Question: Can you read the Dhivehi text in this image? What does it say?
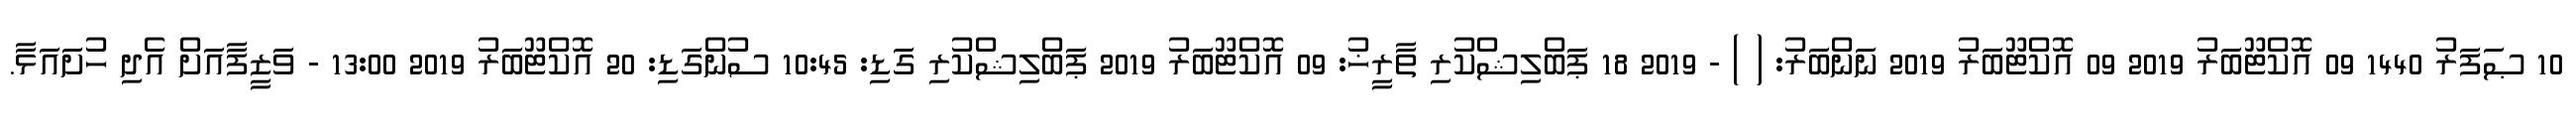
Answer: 10 ޞަފަރު 1440 09 އޮކްޓޫބަރު 2019 09 އޮކްޓޫބަރު 2019 ނަންބަރު: ( ) - 2019 18 ޕަބްލިޝްކުރި ތާރީޚު: 09 އޮކްޓޫބަރު 2019 ޕަބްލިޝްކުރި ގަޑި: 10:45 ސުންގަޑި: 20 އޮކްޓޫބަރު 2019 13:00 - ވަޒީފާއަށް އެދި ހުށައަޅާ.